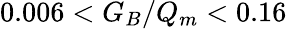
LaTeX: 0.006<G_{B}/Q_{m}<0.16